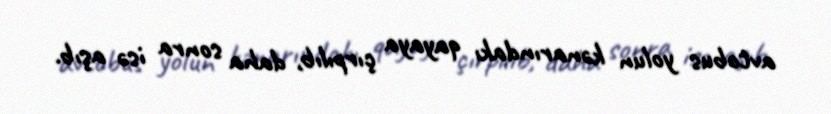
avtobus yolun kənarındakı qayaya çırpılıb, daha sonra isə aşıb.